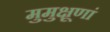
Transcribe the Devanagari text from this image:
मुमुक्षूणां